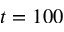
t = 1 0 0